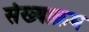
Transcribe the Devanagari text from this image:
संख्याक्रम